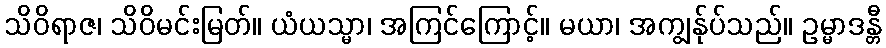
သိဝိရာဇ၊ သိဝိမင်းမြတ်။ ယံယသ္မာ၊ အကြင်ကြောင့်။ မယာ၊ အကျွန်ုပ်သည်။ ဥမ္မာဒန္တီ